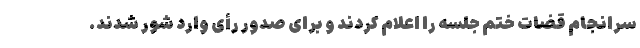
سرانجام قضات ختم جلسه را اعلام کردند و برای صدور رأی وارد شور شدند.